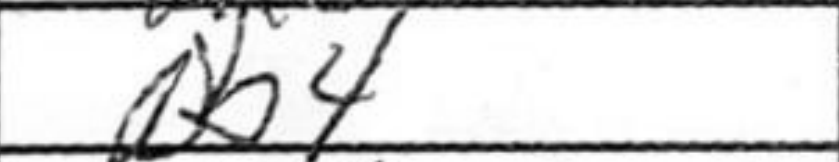
Transcription: Nb4